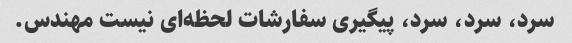
سرد، سرد، سرد، پیگیری سفارشات لحظه‌ای نیست مهندس.